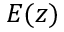
E ( z )